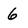
Character: 6